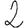
Digit: 2